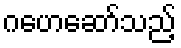
ဂဟေဆော်သည့်